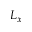
L _ { x }